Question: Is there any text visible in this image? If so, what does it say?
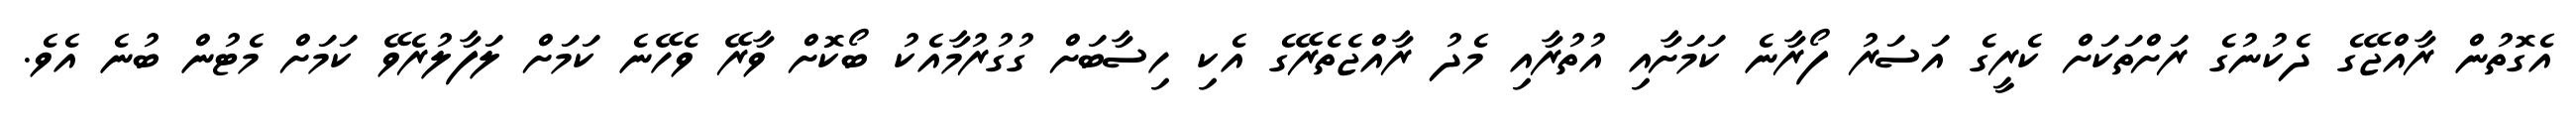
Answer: އެގޮތުން ރާއްޖޭގެ ދެކުނުގެ ރަށްތަކަށް ކެރީގެ އަސަރު ފޯރާނެ ކަމަށާއި އުތުރާއި މެދު ރާއްޖެތެރޭގެ އެކި ހިސާބަށް ގުގުރުމާއެކު ބޯކޮށް ވާރޭ ވެހޭނެ ކަމަށް ލަފާލުރެވޭ ކަމަށް މެޓުން ބުނެ އެވެ.